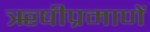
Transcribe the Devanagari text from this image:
ॠषीप्रमाणें